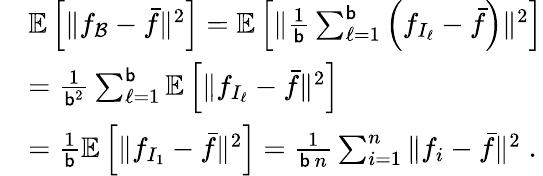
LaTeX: \begin{array}{rl}&{\mathbb{E}\left[\| f_{\mathcal{B}}-\bar{f}\| ^{2}\right]=\mathbb{E}\left[\| \frac{1}{\mathsf{b}}\sum_{\ell=1}^{\mathsf{b}}\left(f_{I_{\ell}}-\bar{f}\right)\| ^{2}\right]}\\ &{=\frac{1}{\mathsf{b}^{2}}\sum_{\ell=1}^{\mathsf{b}}\mathbb{E}\left[\| f_{I_{\ell}}-\bar{f}\| ^{2}\right]}\\ &{=\frac{1}{\mathsf{b}}\mathbb{E}\left[\| f_{I_{1}}-\bar{f}\| ^{2}\right]=\frac{1}{\mathsf{b}\, n}\sum_{i=1}^{n}\| f_{i}-\bar{f}\| ^{2}\; .}\end{array}